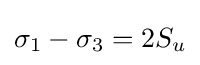
\sigma _{1}-\sigma _{3}=2S_{u}